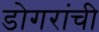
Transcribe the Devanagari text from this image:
डोगरांची